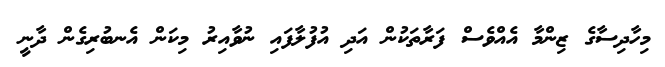
މިހާދިސާގެ ޒިންމާ އެއްވެސް ފަރާތަކުން އަދި އުފުލާފައި ނުވާއިރު މިކަން އެނބުރިގެން ދާނީ